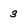
Character: 3